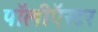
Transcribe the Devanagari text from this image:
पॉलीऍस्टर